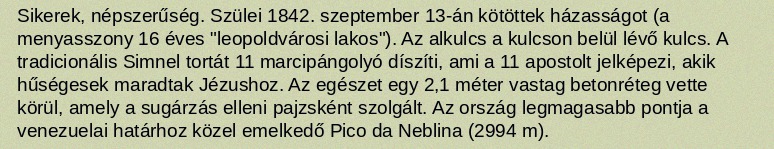
Sikerek, népszerűség. Szülei 1842. szeptember 13-án kötöttek házasságot (a menyasszony 16 éves "leopoldvárosi lakos"). Az alkulcs a kulcson belül lévő kulcs. A tradicionális Simnel tortát 11 marcipángolyó díszíti, ami a 11 apostolt jelképezi, akik hűségesek maradtak Jézushoz. Az egészet egy 2,1 méter vastag betonréteg vette körül, amely a sugárzás elleni pajzsként szolgált. Az ország legmagasabb pontja a venezuelai határhoz közel emelkedő Pico da Neblina (2994 m).